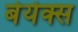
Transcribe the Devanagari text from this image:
बेयेक्स